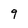
Character: 9